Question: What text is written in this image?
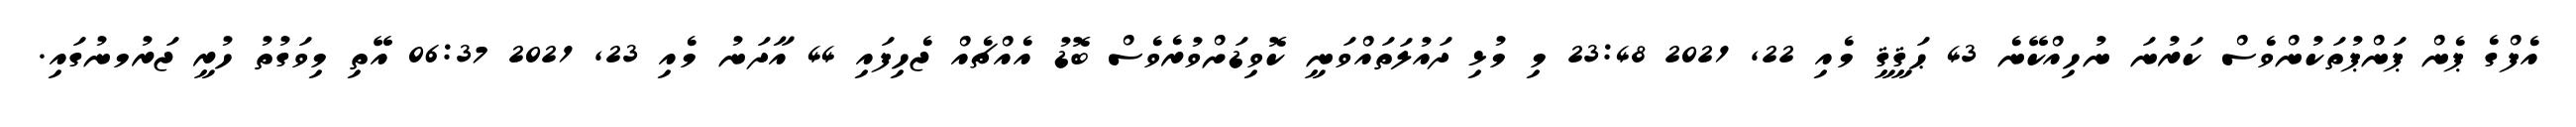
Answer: އެފްގެ ޕެން ޕަންޕުތަކުންވެސް ކަރުނަ ނުހިއްކޭނެ 43 ޙަޤީޤީ މެއި 22, 2021 23:48 މި މުޅި ދައުލަތައްވަނީ ކޮވިޑަށްވުރެވެސް ބޮޑު އެއްޗެއް ޖެހިފައި 44 އާދަނު މެއި 23, 2021 06:37 އޭތި މިވަގުތު ހުރީ ޖަރުމނުގައި.